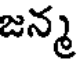
జన్మ